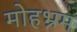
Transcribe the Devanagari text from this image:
मोहभ्रम